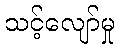
သင့်လျော်မှု